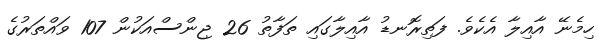
ހިމެނޭ އާއިލާ އެކެވެ. ފަތިރޮނޑު އާއިލާގައި ތަފާތު 26 ޖިންސްއަކުން 107 ވައްތަރުގެ